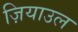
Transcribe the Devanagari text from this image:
ज़ियाउल